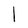
Character: l